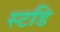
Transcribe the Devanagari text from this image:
स्टडि